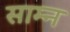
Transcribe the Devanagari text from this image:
साम्न